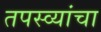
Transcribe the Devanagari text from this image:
तपस्व्यांचा